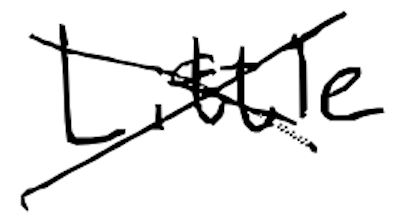
Text: Little
Cross-out: cross
Writing tool: digital_black